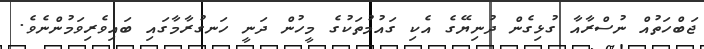
ޖަބްހަތުއް ނުސްރާއާ ގުޅިގެން ދުނިޔޭގެ އެކި ގައުމުތަކުގެ މީހުން ދަނީ ހަނގުރާމާގައި ބައިވެރިިވަމުންނެވެ.